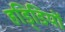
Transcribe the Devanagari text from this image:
हडि्डियों